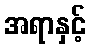
အရာနှင့်